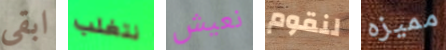
ابقى نتغلب نعيش لنقوم مميزه